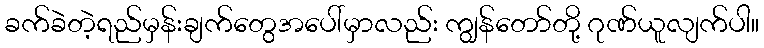
ခက်ခဲတဲ့ရည်မှန်းချက်တွေအပေါ်မှာလည်း ကျွန်တော်တို့ ဂုဏ်ယူလျက်ပါ။